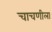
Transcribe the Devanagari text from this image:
चाचणीला